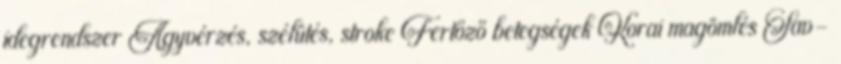
idegrendszer Agyvérzés, szélütés, stroke Fertőző betegségek Korai magömlés Sav-